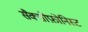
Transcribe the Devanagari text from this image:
सैक्सोफ़ोनिस्ट